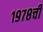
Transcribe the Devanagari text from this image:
१९७८ची